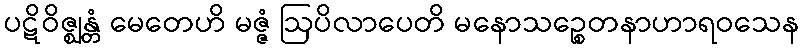
ပဋိဝိဇ္ဈန္တံ မေတေဟိ မဇ္ဇံ ဩပိလာပေတိ မနောသဉ္စေတနာဟာရဝသေန